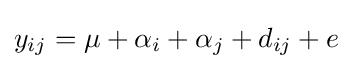
y_{ij}=\mu +\alpha _{i}+\alpha _{j}+d_{ij}+e